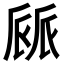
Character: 𠃄